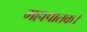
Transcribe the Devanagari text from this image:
महापातक।